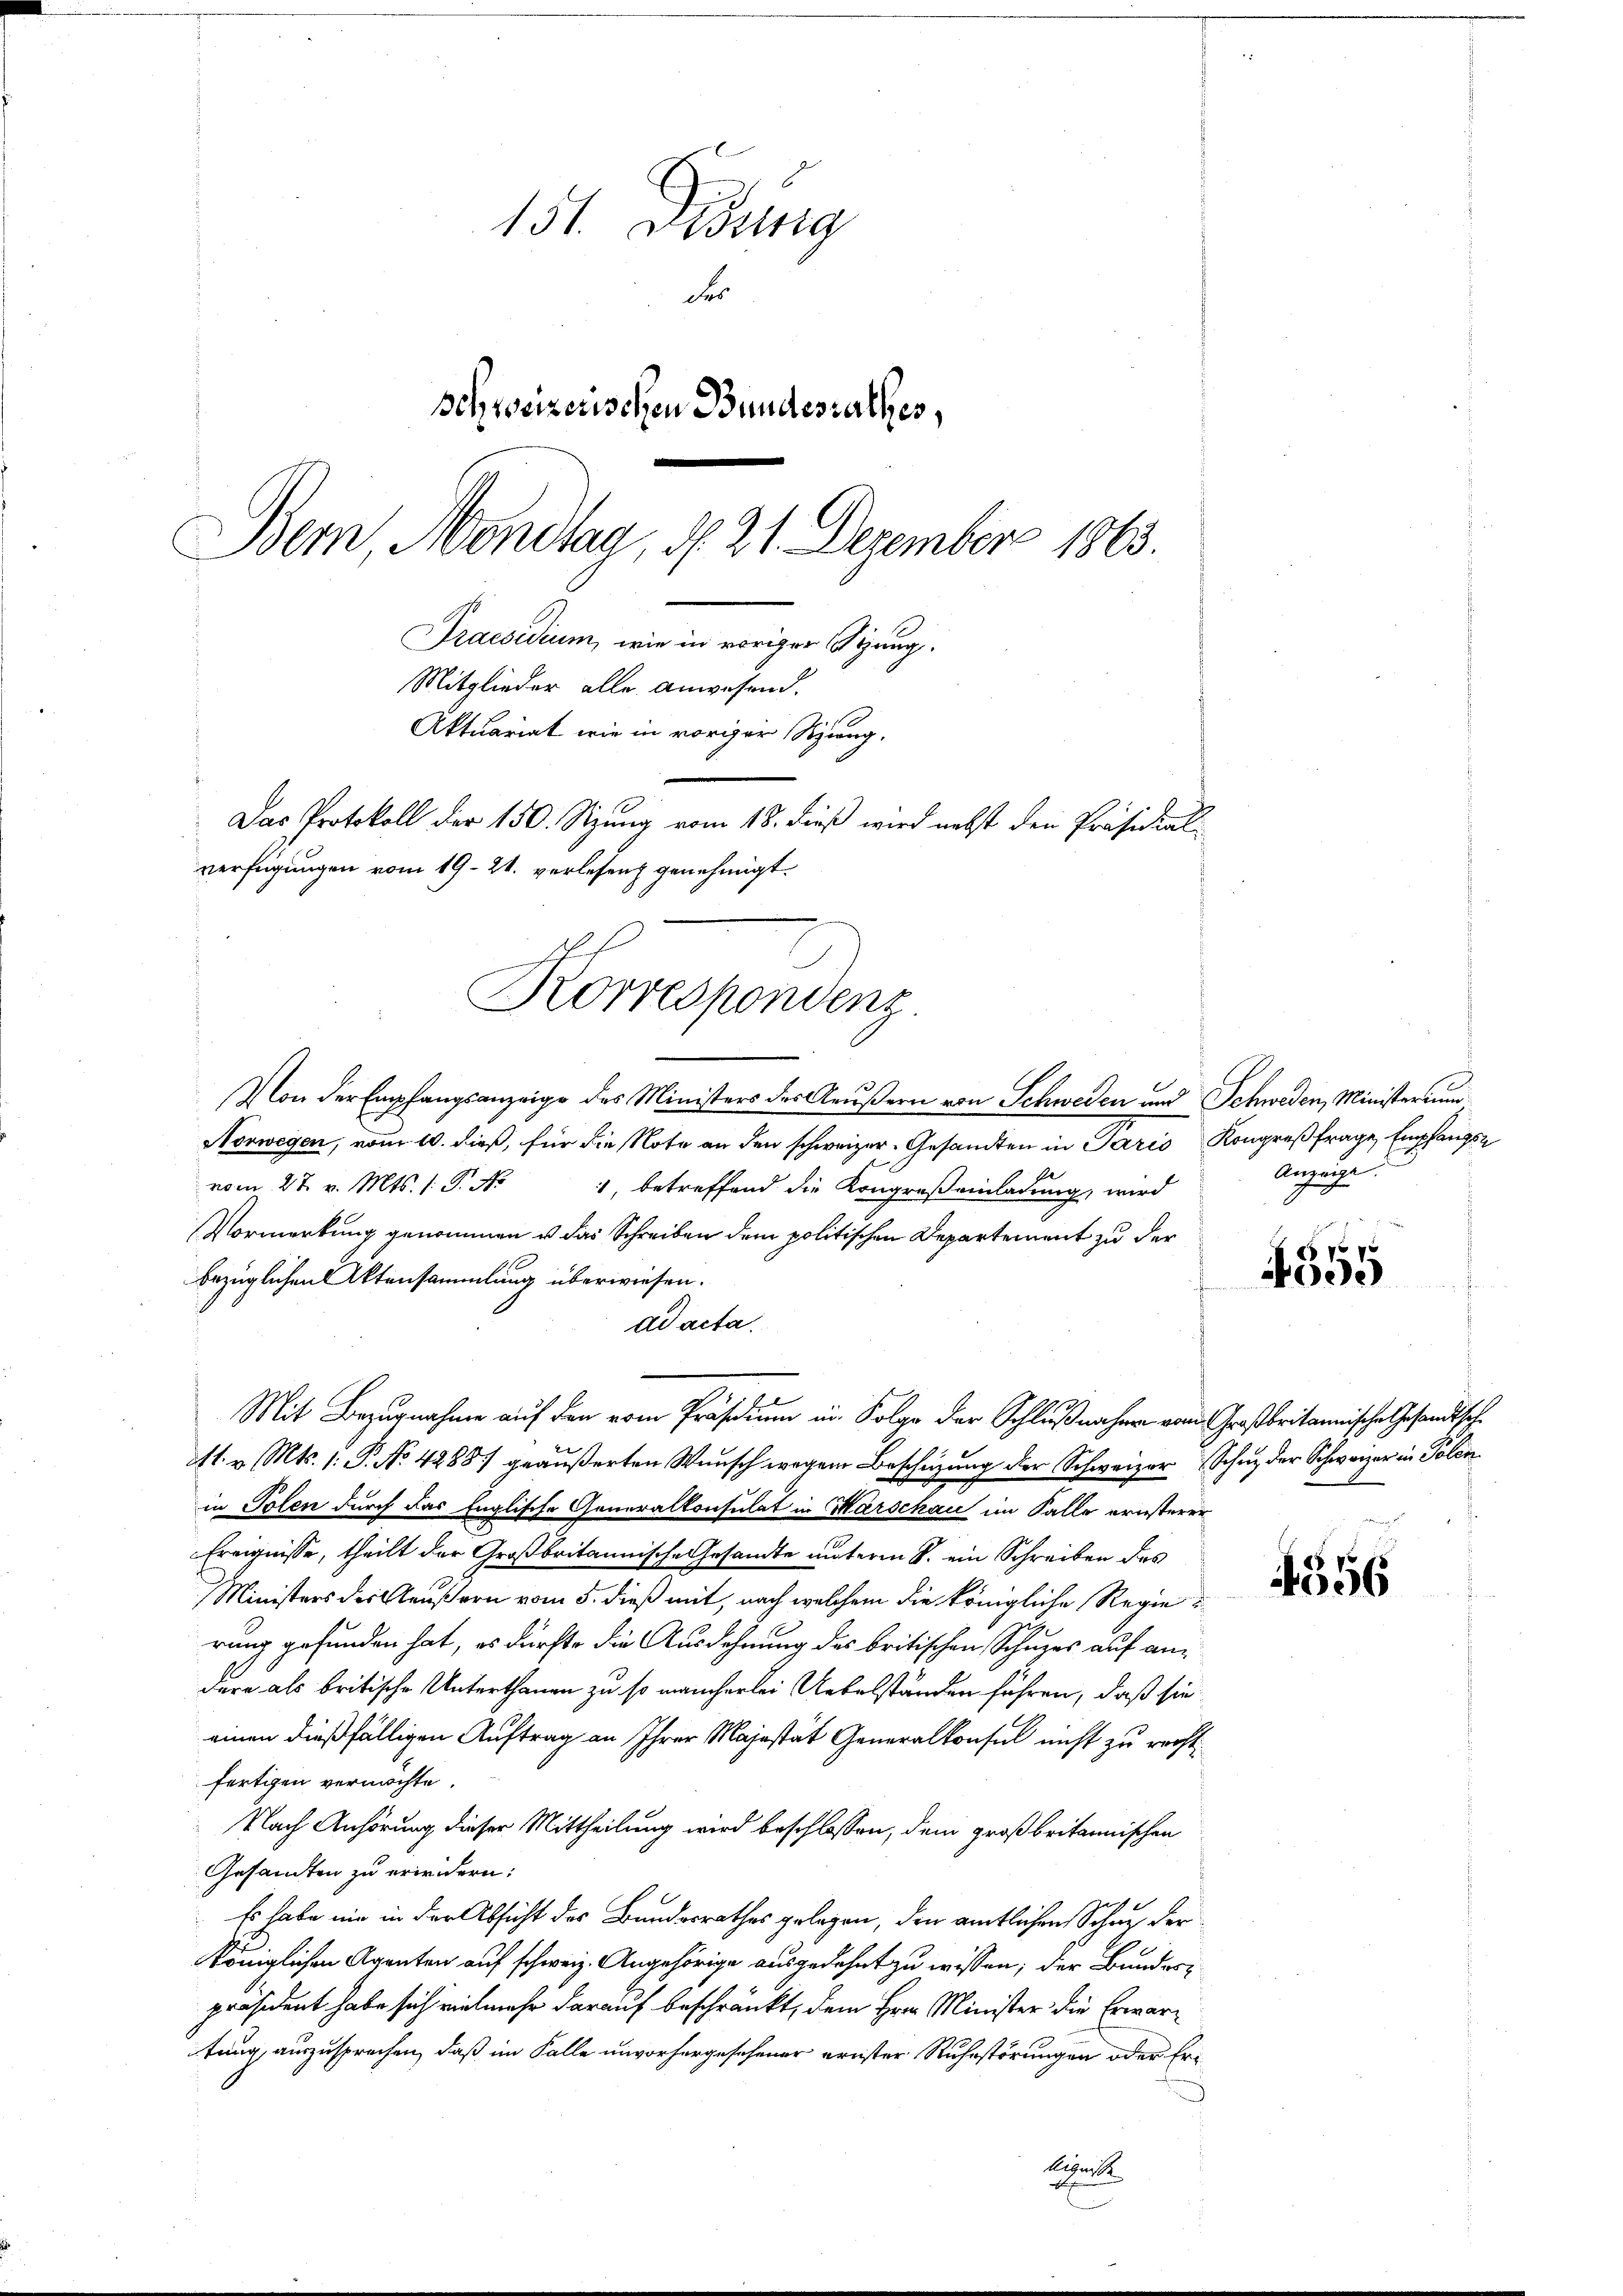
151. Debung
der
schweizerischen Bundesrathes,
Bern, Mondlag, d. 21. Dezember 1863.

Mitglieder alle anwesend.
Aktuariat wie in voriger Sitzung.
Das Protokoll der 150. Sizung vom 18. dieß wird nebst den Präsidial-
verfügungen vom 19. 21. verlesen genehmigt.
Korrespondenz

Praesidium, wie in voriger Syung.

l
Von der Empfangsanzeige des Ministers des Aeußern von Schweden und Schweden, Ministerium
Norwegen, vom 10. dieß, für die Note an den schweizer- Gesandten in Paris Kongreßfrage Empfangs
vom 27. v. Mts. s. S. No
, betreffend die Kongreß einladung, wird
Vormerkung genommen u das Schreiben dem politischen Departement zu der
bezüglichen Aktensammlung überwiesen.
ad acta.
Mit Bezugnahme auf den vom Präsidium in Folge der Schlußnahme vom Großbritannische Gesandtsch
M. v. Mts. 1. P. No. 42881 geäußerten Wunsch wegen Beschüzung der Schweizer Schne der Schweizer in Polen
in Polen durch das Englische Generalkonsulat in Warschau im Falle ernsterer
Ereignisse, theilt der Großbritannische Gesandte unterm 8. ein Schreiben des
Ministers der Aeußern vom 5. dieß mit, nach welchem die königliche Regie
rung gefunden hat, es dürfte die Ausdehnung des britischen Schuzes auf andere als britische Unterthanen zu so mancherlei Uebelständen führen, daß sie
einen dießfälligen Auftrag an Ihrer Majestät Generalkonsul nicht zu rechtfertigen vermöchte.
Nach Anhörung dieser Mittheilung wird beschlossen, dem großbritannischen
Gesandten zu erwidern:
Es habe nie in der Absicht des Bundesrathes gelegen, den amtlichen Schutz der
königlichen Agenten auf schweiz. Angehörige ausgedehnt zu wissen; der Bundespräsident habe sich vielmehr darauf beschränkt, dem Hrn. Minister die Erwartung, auszusprechen, daß im Falle unvorhergesehener ernster Ruhestörungen oder Er¬
Aegnit
J

Anzeige

4555

4356